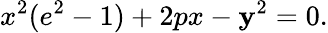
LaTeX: x^{2}(e^{2}-1)+2px-\mathbf{y}^{2}=0.